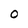
Character: 0